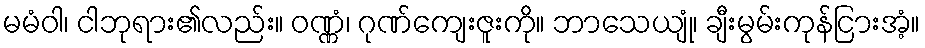
မမံဝါ၊ ငါဘုရား၏လည်း။ ဝဏ္ဏံ၊ ဂုဏ်ကျေးဇူးကို။ ဘာသေယျုံ၊ ချီးမွမ်းကုန်ငြားအံ့။